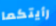
رأيتكما